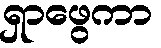
ရှာဖွေကာ